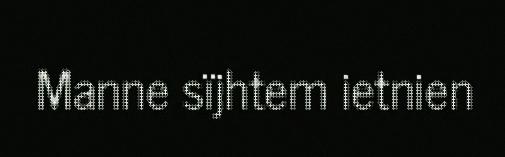
Manne sïjhtem ietnien